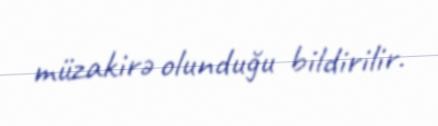
müzakirə olunduğu bildirilir.